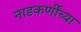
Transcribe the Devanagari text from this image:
नाडकर्णींच्या